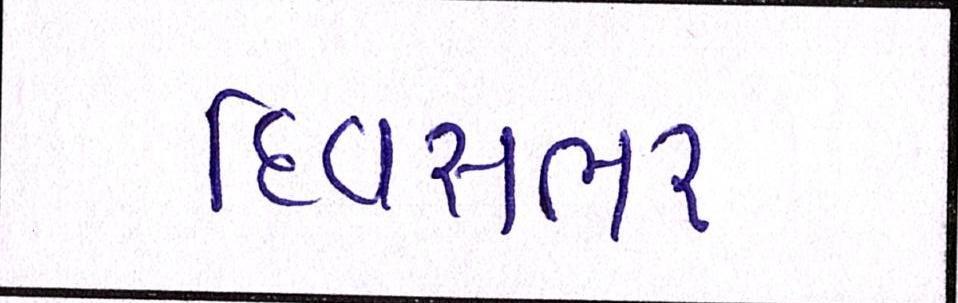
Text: દિવસભર